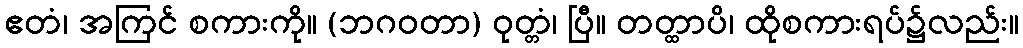
ဧတံ၊ အကြင် စကားကို။ (ဘဂဝတာ) ဝုတ္တံ၊ ပြီ။ တတ္ထာပိ၊ ထိုစကားရပ်၌လည်း။